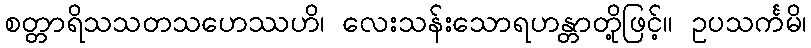
စတ္တာရိသသတသဟေဿဟိ၊ လေးသန်းသောရဟန္တာတို့ဖြင့်။ ဥပသင်္ကမိ၊